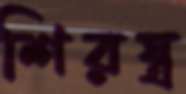
শিরস্ত্র